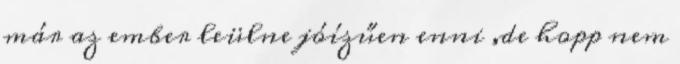
már az ember leülne jóízűen enni ,de hopp nem